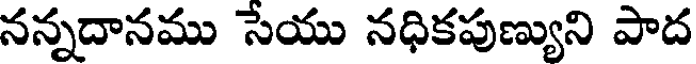
నన్నదానము సేయు నధికపుణ్యుని పాద